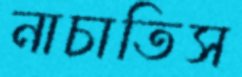
নাচাতিস